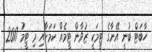
ހާބަޓް ބުނީ އޭނާގެ ޓީމަކީ ޒުވާން ޓީމެއް ކަމަށާއި މި ޓީމު 2017